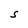
Character: S